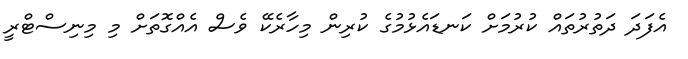
އެފަދަ ދަތުރުތައް ކުރުމަށް ކަނޑައެޅުމުގެ ކުރިން މިހާރެކޭ ވެސް އެއްގޮތަށް މި މިނިސްޓްރީ